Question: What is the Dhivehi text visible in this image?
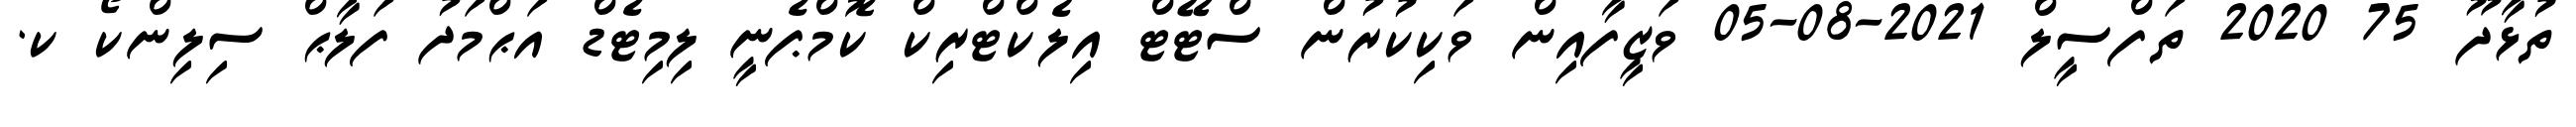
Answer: ތުޅާދޫ 75 2020 ތަފްސީލް 2021-08-05 ވަޒީފާއިން ވަކިކުރުން ސްޓޭޓް އިލެކްޓްރިކް ކޮމްޕެނީ ލިމިޓެޑް އަޙްމަދު ފަލާޙް ސިލިންކޯ ކ.